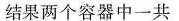
结果两个容器中一共